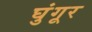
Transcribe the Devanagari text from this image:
घुंगूर